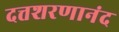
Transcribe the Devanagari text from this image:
दत्तशरणानंद